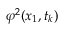
\varphi ^ { 2 } ( x _ { 1 } , t _ { k } )